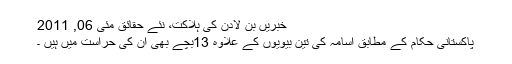
خبریں بن لادن کی ہلاکت، نئے حقائق مئی 06, 2011
پاکستانی حکام کے مطابق اُسامہ کی تین بیویوں کے علاوہ 13بچے بھی اُن کی حراست میں ہیں ۔